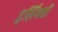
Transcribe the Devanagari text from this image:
ट्वर्लिंगची